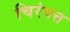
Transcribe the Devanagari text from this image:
चिरंपत्त